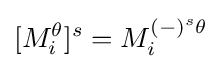
[M_{i}^{\theta }]^{s}=M_{i}^{(-)^{s}\theta }